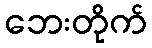
ဘေးတိုက်